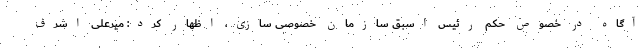
آگاه در خصوص حکم رئیس اسبق سازمان خصوصی سازی، اظهار کرد: میرعلی اشرف